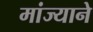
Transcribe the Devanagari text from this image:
मांज्याने